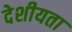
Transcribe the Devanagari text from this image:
देशीयता